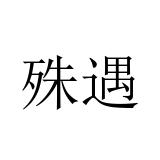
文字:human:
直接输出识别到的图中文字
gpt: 殊遇